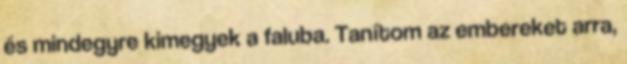
és mindegyre kimegyek a faluba. Tanítom az embereket arra,